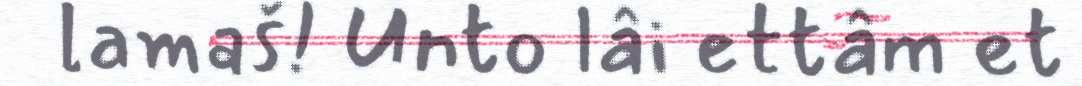
lamaš! Unto lâi ettâm et